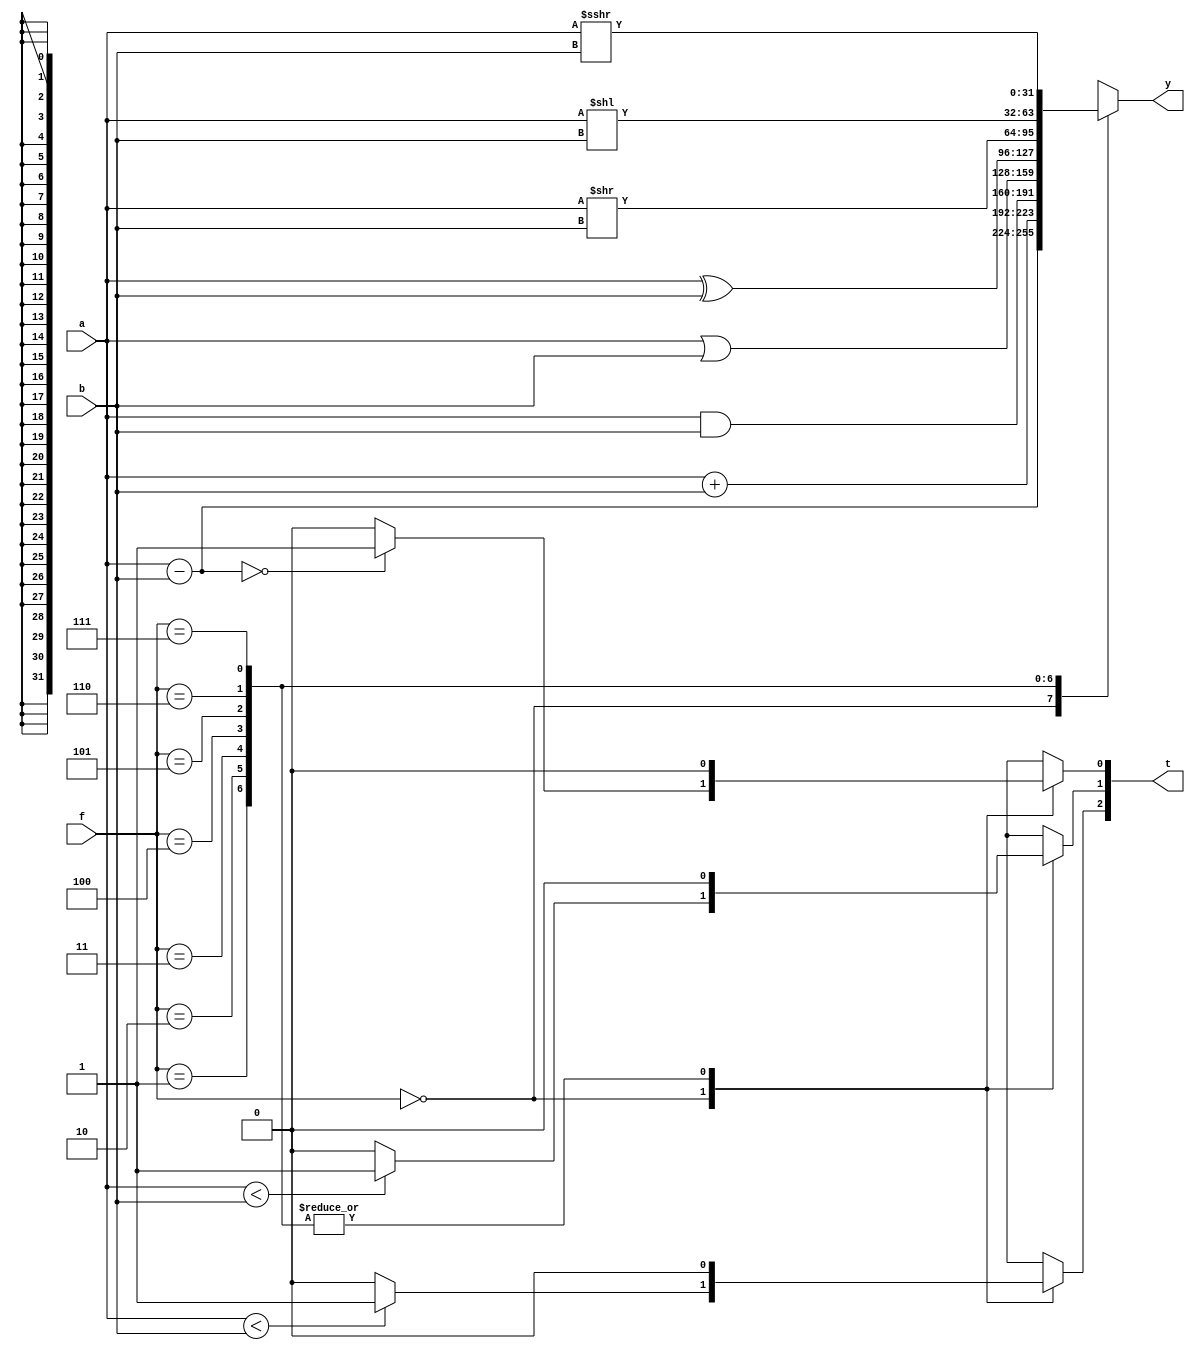
module alu (
    input [31:0] a, b,     //
    input [2:0] f,            //
    output reg [31:0] y,     //
    output reg [2:0] t            //
);

always @ (*)
begin
    t = 3'b000;
    case(f)
    3'b000: 
    //t[0] = 1 if a eq b
    //t[1] = 1 if a < b (signed)
    //t[2] = 1 if a < b (unsigned)
    begin
        y = a - b; 
        if(y == 0)
            t[0] = 1;
        if(a < b)
            t[2] = 1;
        if($signed(a) < $signed(b))
            t[1] = 1;
    end
    3'b001: y = a + b;
    3'b010: y = a & b;
    3'b011: y = a | b;
    3'b100: y = a ^ b;
    3'b101: y = a >> b;
    3'b110: y = a << b;
    3'b111: y = $signed(a) >>> b; 
    endcase
end

endmodule